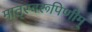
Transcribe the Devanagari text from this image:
मातृस्वरूपिणीम्